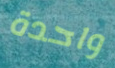
واحدة